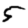
Digit: 5